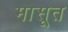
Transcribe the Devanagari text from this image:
मासूत